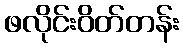
ဖလိုင်းဝိတ်တန်း